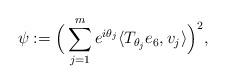
LaTeX: \begin{align*}\psi:=\Big(\sum\limits_{j=1}^me^{i\theta_j}\langle T_{\theta_j}e_6,v_j\rangle\Big)^2,\end{align*}